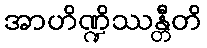
အာဟိဏ္ဍိဿန္တီတိ